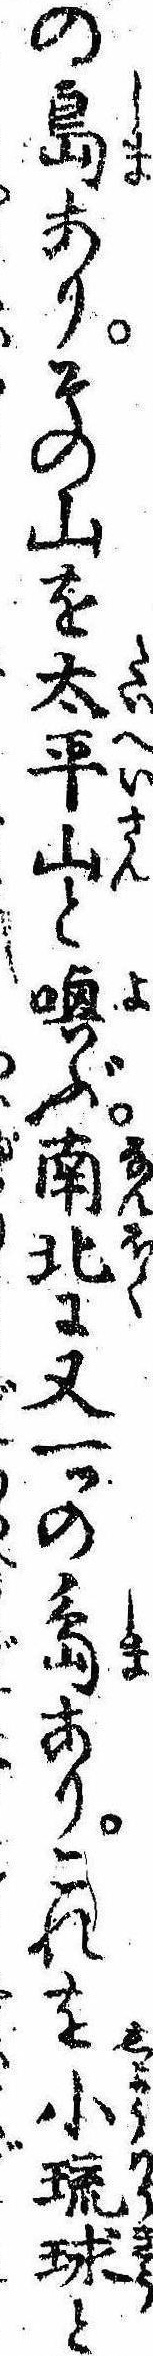
の島ありその山を太平山と喚ぶ南北に又一ツの島ありこれを小琉球と